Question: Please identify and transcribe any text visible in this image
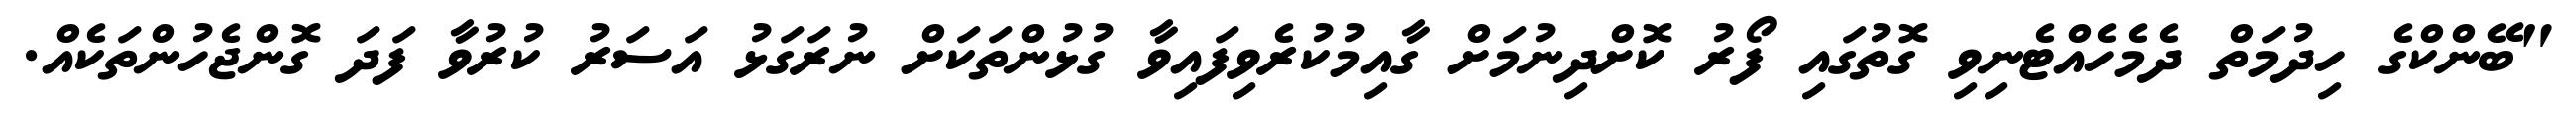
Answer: "ބޭންކްގެ ހިދުމަތް ދެމެހެއްޓެނިވި ގޮތުގައި ފޯރު ކޮށްދިނުމަށް ގާއިމުކުރެވިފައިވާ ގުޅުންތަކަށް ނުރަގަޅު އަސަރު ކުރުވާ ފަދަ ގޮންޖެހުންތަކެއް.